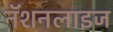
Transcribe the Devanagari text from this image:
नॅशनलाइज